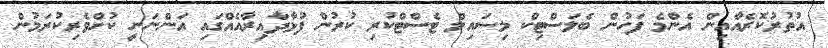
އުތުރުކޮރެއާއިން އެންމެ ފަހުން ބެލަސްޓިކް މިސައިލް ޓެސްޓްކުރި ކުރުން ފުޅާދާއިރާއެއްގައި އަންނަނީ ކުށްވެރިކުރަމުން